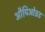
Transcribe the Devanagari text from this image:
औपिओइड